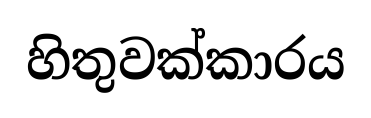
හිතුවක්කාරය